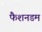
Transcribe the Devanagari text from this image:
फैशनडम